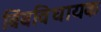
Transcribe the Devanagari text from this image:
बिंबविधायक